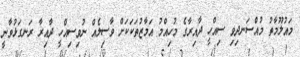
މައުލޫމާތު މުއްސަނދިވި ސިއްހީ ދާއިރާގެ މުހިއްމު އަމާޒުތަކަކަށް ވާސިލެއް ނުވިސިއްހީ ދާއިރާ ރަނގަޅުވާނީ